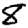
Digit: 8